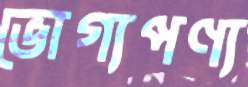
ভোগ্যপণ্য